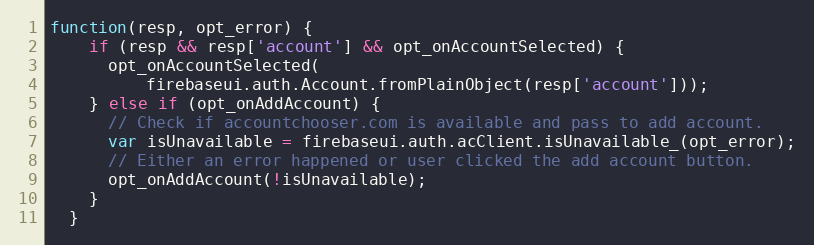
Language: JavaScript
function(resp, opt_error) {
    if (resp && resp['account'] && opt_onAccountSelected) {
      opt_onAccountSelected(
          firebaseui.auth.Account.fromPlainObject(resp['account']));
    } else if (opt_onAddAccount) {
      // Check if accountchooser.com is available and pass to add account.
      var isUnavailable = firebaseui.auth.acClient.isUnavailable_(opt_error);
      // Either an error happened or user clicked the add account button.
      opt_onAddAccount(!isUnavailable);
    }
  }